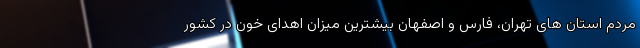
مردم استان های تهران، فارس و اصفهان بیشترین میزان اهدای خون در کشور